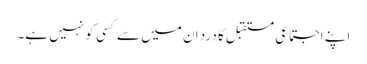
اپنے اجتماعی مستقبل کا درد ان میں سے کسی کو نہیں ہے۔